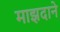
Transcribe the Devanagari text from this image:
माझदाने